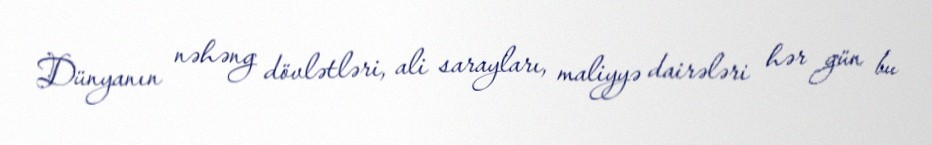
Dünyanın nəhəng dövlətləri, ali sarayları, maliyyə dairələri hər gün bu